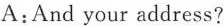
A:And your address?